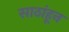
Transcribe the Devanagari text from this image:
साठांहून